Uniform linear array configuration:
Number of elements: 12
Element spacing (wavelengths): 0.25
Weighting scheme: cosine
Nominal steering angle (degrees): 0
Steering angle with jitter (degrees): -1.301
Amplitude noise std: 0.05
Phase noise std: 0.05

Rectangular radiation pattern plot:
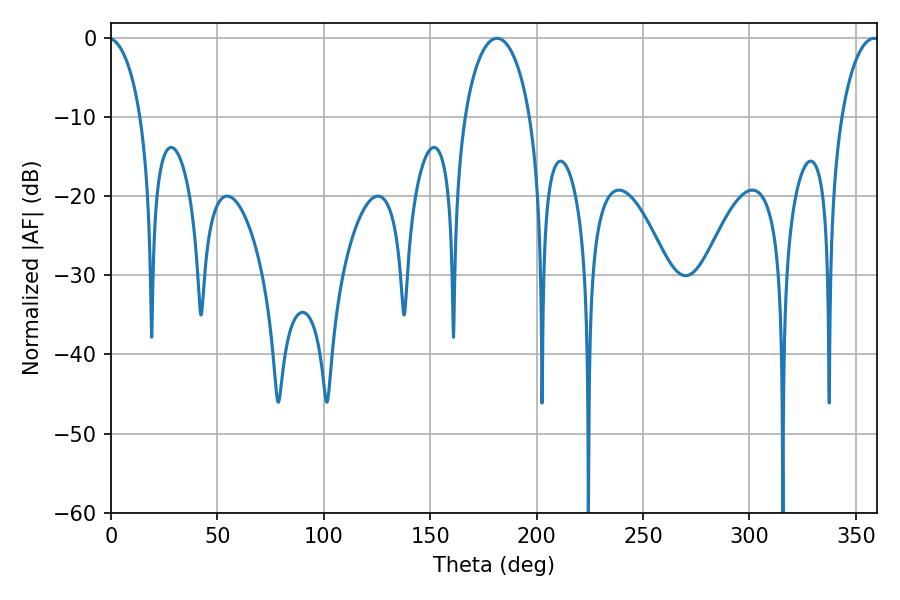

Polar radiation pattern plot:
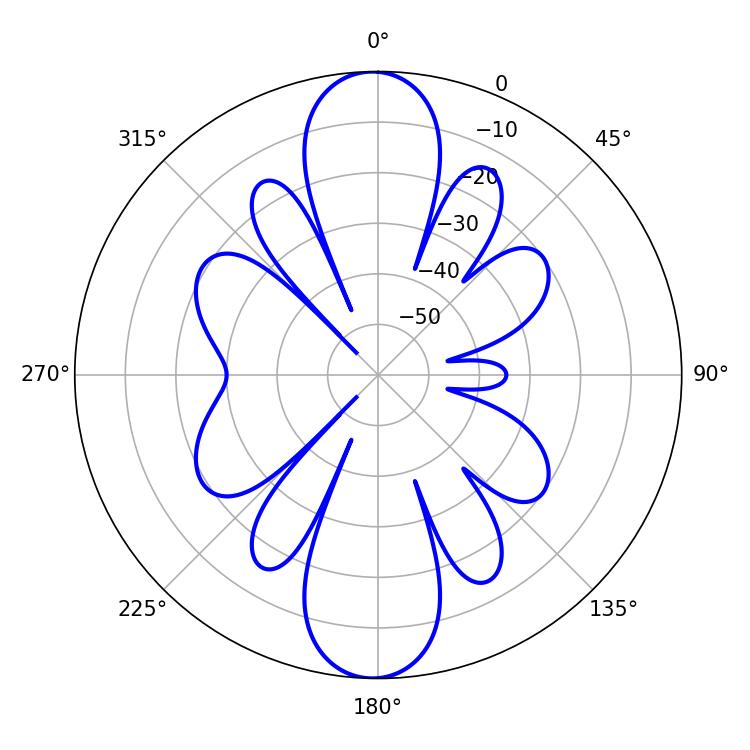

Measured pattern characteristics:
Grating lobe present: FALSE
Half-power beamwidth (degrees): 17.64
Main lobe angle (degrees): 181.44